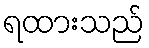
ရထားသည်